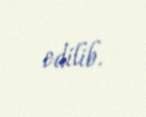
edilib.